Indian journal of veterinary science and animal husbandry - Volume 7,
Year: 1937
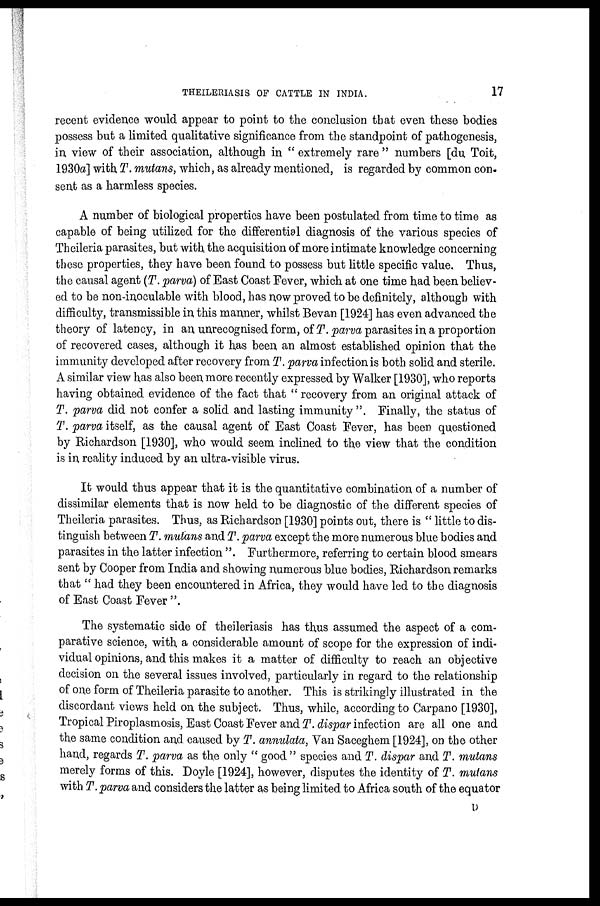
THEILERIASIS OF CATTLE IN INDIA.
17
recent evidence would appear to point to the conclusion that even these bodies
possess but a limited qualitative significance from the standpoint of pathogenesis,
in view of their association, although in " extremely rare " numbers [du Toit,
1930a] with T. mutans, which, as already mentioned, is regarded by common con-
sent as a harmless species.
A number of biological properties have been postulated from time to time as
capable of being utilized for the differential diagnosis of the various species of
Theileria parasites, but with, the acquisition of more intimate knowledge concerning
these properties, they have been found to possess but little specific value. Thus,
the causal agent (T. parva) of East Coast Fever, which at one time had been believ-
ed to be non-inoculable with blood, has now proved to be definitely, although with
difficulty, transmissible in this manner, whilst Bevan [1924] has even advanced the
theory of latency, in an unrecognised form, of T. parva parasites in a proportion
of recovered cases, although it has been, an almost established opinion that the
immunity developed after recovery from T. parva infection is both solid and sterile.
A similar view has also been more recently expressed by Walker [1930], who reports
having obtained evidence of the fact that " recovery from an original attack of
T. parva did not confer a solid and lasting immunity ". Finally, the status of
T. parva itself, as the causal agent of East Coast Fever, has been questioned
by Richardson [1930], who would seem inclined to the view that the condition
is in, reality induced by an ultra-visible virus.
It would thus appear that it is the quantitative combination of a number of
dissimilar elements that is now held to be diagnostic of the different species of
Theileria parasites. Thus, as Richardson [1930] points out, there is " little to dis-
tinguish between T. mutans and T. parva except the more numerous blue bodies and
parasites in the latter infection ". Furthermore, referring to certain blood smears
sent by Cooper from India and showing numerous blue bodies, Richardson remarks
that " had they been encountered in Africa, they would have led to the diagnosis
of East Coast Fever ".
The systematic side of theileriasis has thus assumed the aspect of a com-
parative science, with a considerable amount of scope for the expression of indi-
vidual opinions, and this makes it a matter of difficulty to reach an objective
decision on the several issues involved, particularly in regard to the relationship
of one form of Theileria parasite to another. This is strikingly illustrated in the
discordant views held on the subject. Thus, while, according to Carpano [1930],
Tropical Piroplasmosis, East Coast Fever and T. dispar infection are all one and
the same condition and caused by T. annulata, Van Saceghem [1924], on the other
hand, regards T. parva as the only " good " species and T. dispar and T. mutans
merely forms of this. Doyle [1924], however, disputes the identity of T. mutans
with T. parva and considers the latter as being limited to Africa south of the equator
D